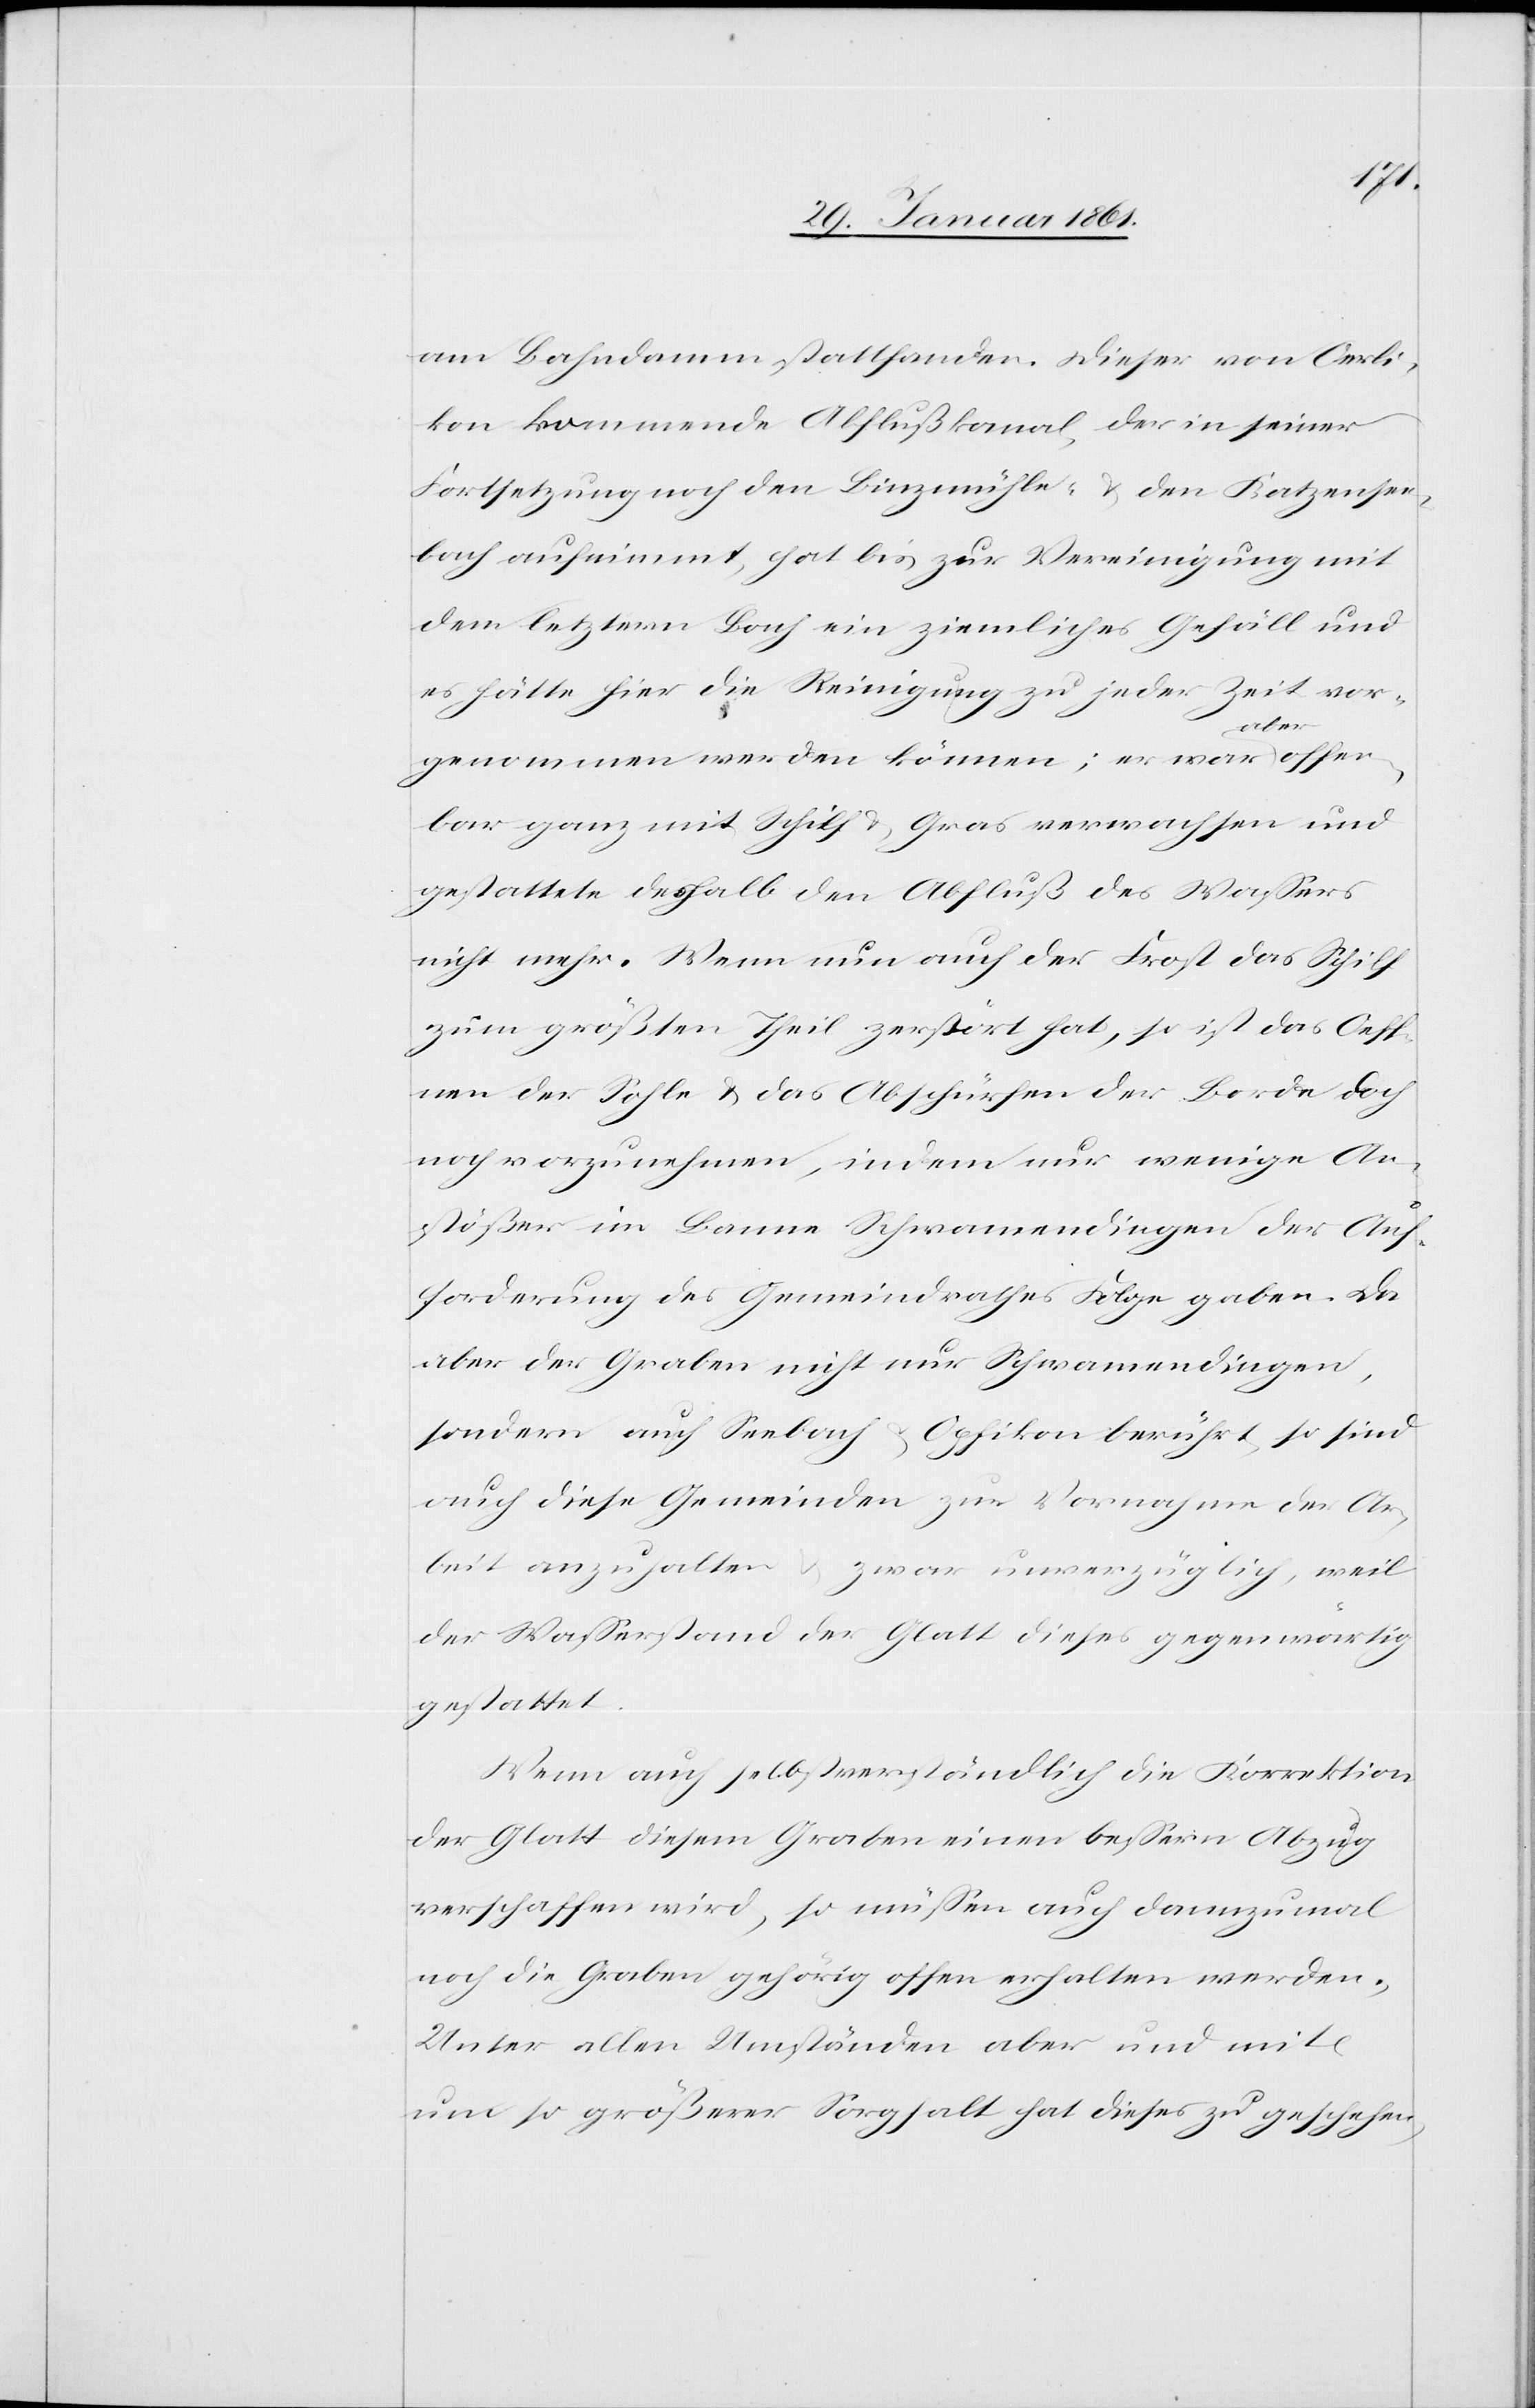
statt¬
kon kommende Abflußkanal, der in seiner
Fortsetzung noch den Binzemühle- u. den Katzensee¬
bach aufnimmt, hat bis zur Vereinigung mit
dem letztern Bach ein ziemliches Gefäll und
es hätte hier die Reinigung zu jeder Zeit vor¬
offen¬
genommen werden können; er war aber
bar ganz mit Schilf u. Gras verwachsen und
gestattete deshalb den Abfluß des Wassers
nicht mehr. Wenn nun auch der Frost das Schilf
zum größten Theil zerstört hat, so ist das Oeff¬
nen der Sohle u. das Abschürfen der Borde doch
noch vorzunehmen, indem nur wenige An¬
stößer im Banne Schwamendingen der Auf¬
forderung des Gemeindrathes Folge geben. Da
aber der Graben nicht nur Schwamendingen,
sondern auch Seebach u. Opfikon berührt, so sind
auch diese Gemeinden zur Vornahme der Ar¬
beit anzuhalten u. zwar unverzüglich, weil
der Wasserstand der Glatt dieses gegenwärtig
gestattet.
Wenn auch selbstverständlich die Korrektion
der Glatt diesem Graben einen bessern Abzug
verschaffen wird, so müssen auch dannzumal
noch die Graben gehörig offen erhalten werden.
Unter allen Umständen aber und mit
ehen,
um so größerer Sorgfalt hat dieses zu gesch¬